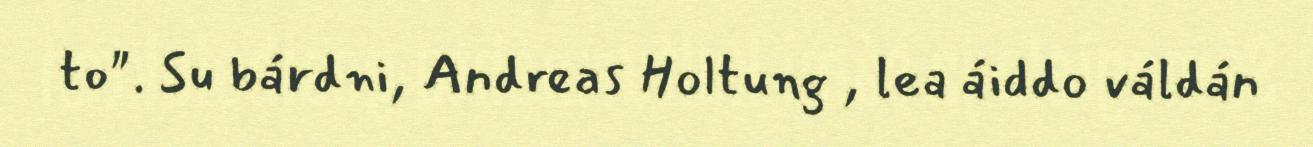
to". Su bárdni, Andreas Holtung , lea áiddo váldán